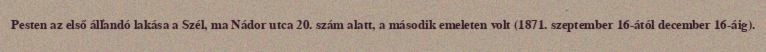
Pesten az első állandó lakása a Szél, ma Nádor utca 20. szám alatt, a második emeleten volt (1871. szeptember 16-ától december 16-áig).